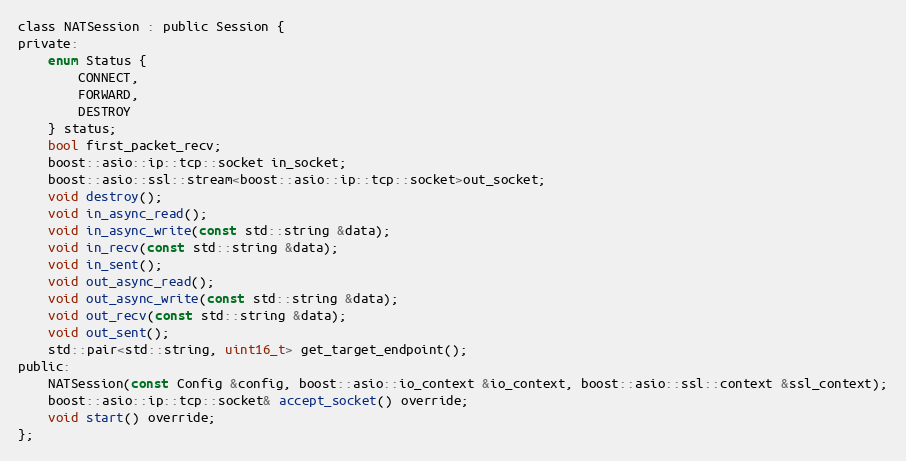
Language: C
class NATSession : public Session {
private:
    enum Status {
        CONNECT,
        FORWARD,
        DESTROY
    } status;
    bool first_packet_recv;
    boost::asio::ip::tcp::socket in_socket;
    boost::asio::ssl::stream<boost::asio::ip::tcp::socket>out_socket;
    void destroy();
    void in_async_read();
    void in_async_write(const std::string &data);
    void in_recv(const std::string &data);
    void in_sent();
    void out_async_read();
    void out_async_write(const std::string &data);
    void out_recv(const std::string &data);
    void out_sent();
    std::pair<std::string, uint16_t> get_target_endpoint();
public:
    NATSession(const Config &config, boost::asio::io_context &io_context, boost::asio::ssl::context &ssl_context);
    boost::asio::ip::tcp::socket& accept_socket() override;
    void start() override;
};